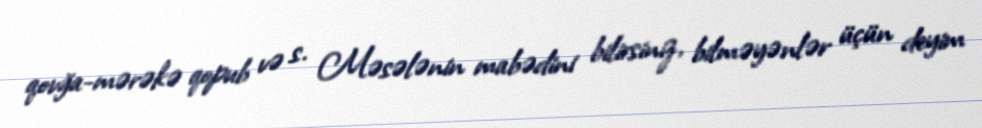
qovğa-mərəkə qopub və s. Məsələnin mabədini bilirsiniz, bilməyənlər üçün deyim